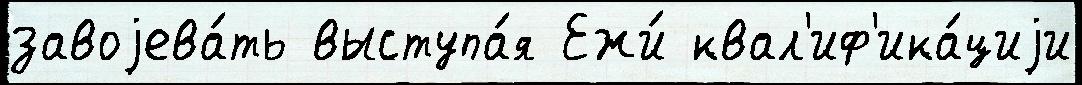
завоjева́ть выступа́я Ежи́ квал'иф'ика́циjи